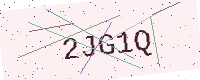
Text: 2JG1Q